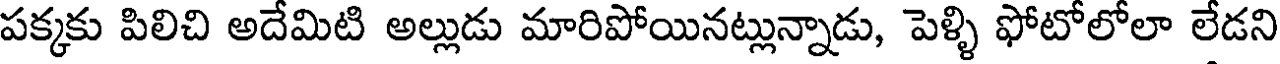
పక్కకు పిలిచి అదేమిటి అల్లుడు మారిపోయినట్లున్నాడు, పెళ్ళి ఫోటోలోలా లేడని